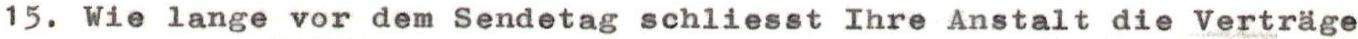
15. Wie lange vor dem Sendetag schliesst Ihre Anstalt die Verträge